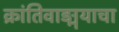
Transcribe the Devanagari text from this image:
क्रांतिवाङ्मयाचा